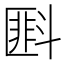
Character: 𪯭